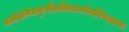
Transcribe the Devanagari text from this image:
ततोहोमंप्रकुर्वीततिलाज्येनविचक्षणः